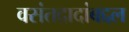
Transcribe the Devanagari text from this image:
वसंतदादांबद्दल